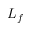
L _ { f }